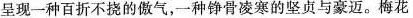
呈现一种百折不挠的傲气，一种铮骨凌寒的坚贞与豪迈。梅花